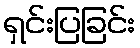
ရှင်းပြခြင်း